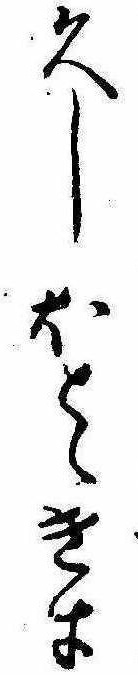
久しほとゝきす